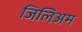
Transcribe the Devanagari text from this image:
जिलिअम